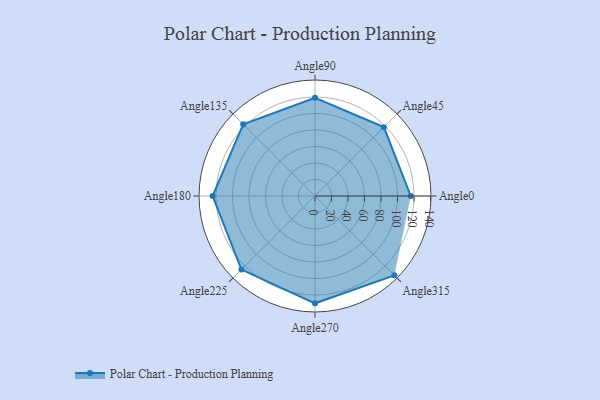
{"axis": {"x": "Angle", "y": "Radius"}, "legend": [""], "data": [{"x": "Angle0", "y": 116.0, "type": ""}, {"x": "Angle45", "y": 118.0, "type": ""}, {"x": "Angle90", "y": 119.0, "type": ""}, {"x": "Angle135", "y": 123.0, "type": ""}, {"x": "Angle180", "y": 124.0, "type": ""}, {"x": "Angle225", "y": 126.0, "type": ""}, {"x": "Angle270", "y": 130.0, "type": ""}, {"x": "Angle315", "y": 136.0, "type": ""}]}